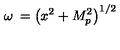
\omega \: = \left( x ^ { 2 } + M _ { p } ^ { 2 } \right) ^ { 1 / 2 }